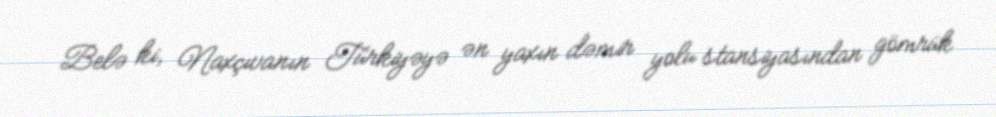
Belə ki, Naxçıvanın Türkiyəyə ən yaxın dəmir yolu stansiyasından gömrük